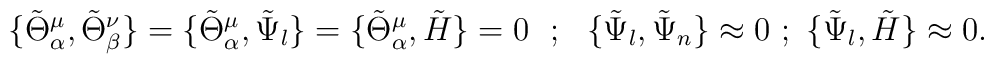
\{\tilde \Theta _\alpha ^\mu ,\tilde \Theta _\beta ^\nu\}=\{\tilde \Theta _\alpha ^\mu ,\tilde \Psi _l\}=\{\tilde \Theta _\alpha ^\mu ,\tilde H\}= 0~~;~~\{\tilde \Psi _l ,\tilde \Psi _n\}\approx 0 ~;~\{\tilde \Psi _l ,\tilde H\}\approx 0.